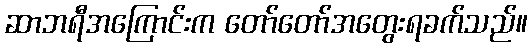
ဆာဘရီအကြောင်းက တော်တော်အတွေးရခက်သည်။